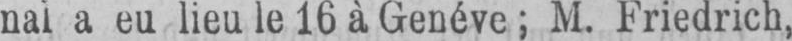
nal a eu lieu le 16 à Genéve; M. Friedrich,